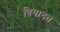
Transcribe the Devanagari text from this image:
विवादत